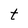
Character: t